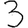
Digit: 3